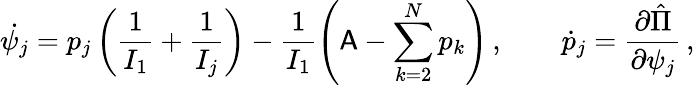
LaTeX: \dot{\psi_{j}}=p_{j}\left(\frac{1}{I_{1}}+\frac{1}{I_{j}}\right)-\frac{1}{I_{1}}\left(\mathsf{A}-\sum_{k=2}^{N}p_{k}\right)\, ,\qquad\dot{p}_{j}=\frac{\partial\hat{\Pi}}{\partial\psi_{j}}\, ,